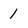
Character: 1